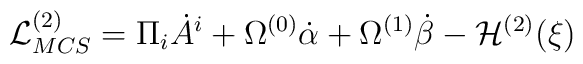
{\cal L}^{(2)}_{MCS} = \Pi_i \dot A^i + \Omega^{(0)} \dot\alpha +   \Omega^{(1)} \dot\beta - {\cal H}^{(2)}(\xi)